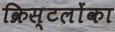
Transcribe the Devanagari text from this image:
क्रिस्टलोंका